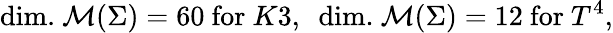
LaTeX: \mathrm{dim.}~{\cal M}(\Sigma)=60~\mathrm{for}~K3,~~\mathrm{dim.}~{\cal M}(\Sigma)=12~\mathrm{for}~T^{4},